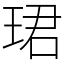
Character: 珺